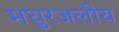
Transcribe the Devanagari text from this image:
मधुरजलीय